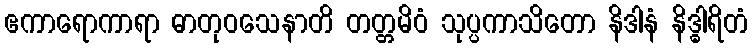
ဧကာရောကာရာ ဓာတုဝသေနာတိ တတ္တမိဝံ သုပ္ပကာသိတော နိဒါနံ နိဒ္ဓါရိတံ